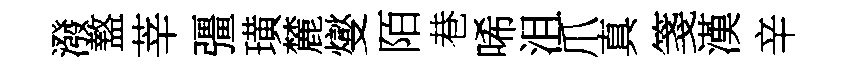
潑盩莘彊璜麓燮陌巷唏沮爪真箋漢辛